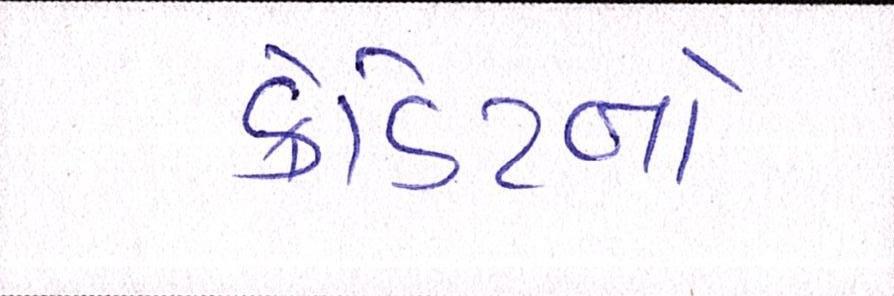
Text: ક્રેડિટનો